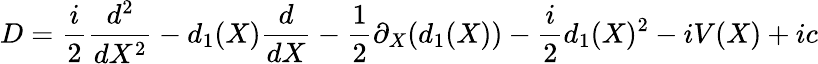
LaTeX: D=\frac{i}{2}\frac{d^{2}}{dX^{2}}-d_{1}(X)\frac{d}{dX}-\frac{1}{2}\partial_{X}(d_{1}(X))-\frac{i}{2}d_{1}(X)^{2}-iV(X)+ic